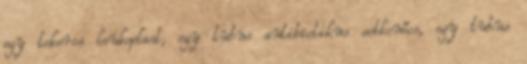
egy tekercs leukoplast, egy tubus antibiotikus sebkenőcs, egy tubus